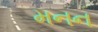
મનન